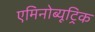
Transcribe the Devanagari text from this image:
एमिनोब्यूट्रिक